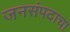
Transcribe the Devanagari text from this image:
जनसंपदाचा